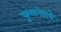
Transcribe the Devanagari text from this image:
फुलानेवाले